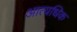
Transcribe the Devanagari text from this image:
आत्यधिक